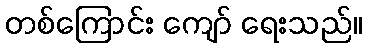
တစ်ကြောင်း ကျော် ရေးသည်။